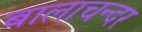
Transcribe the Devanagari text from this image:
बालाचन्दर